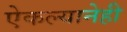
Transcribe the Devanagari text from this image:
ऐकल्यानेही